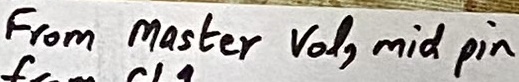
Text: From Master  Vol, mid pin